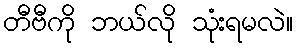
တီဗီကို ဘယ်လို သုံးရမလဲ။